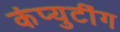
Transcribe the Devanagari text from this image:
कंप्युटींग